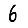
Digit: 6